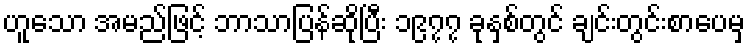
ဟူသော အမည်ဖြင့် ဘာသာပြန်ဆိုပြီး ၁၉၇၇ ခုနှစ်တွင် ချင်းတွင်းစာပေမှ